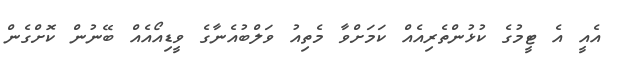
އެއީ އެ ޓީމުގެ ކުޅުންތެރިއެއް ކަމަށްވާ މެތިއު ވަލްބުއެނާގެ ވީޑިއޯއެއް ބޭނުން ކޮށްގެން